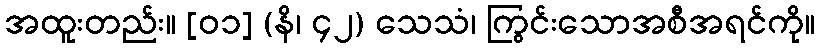
အထူးတည်း။ [၀၁] (နိ၊ ၄၂) သေသံ၊ ကြွင်းသောအစီအရင်ကို။